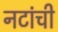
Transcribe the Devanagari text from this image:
नटांची